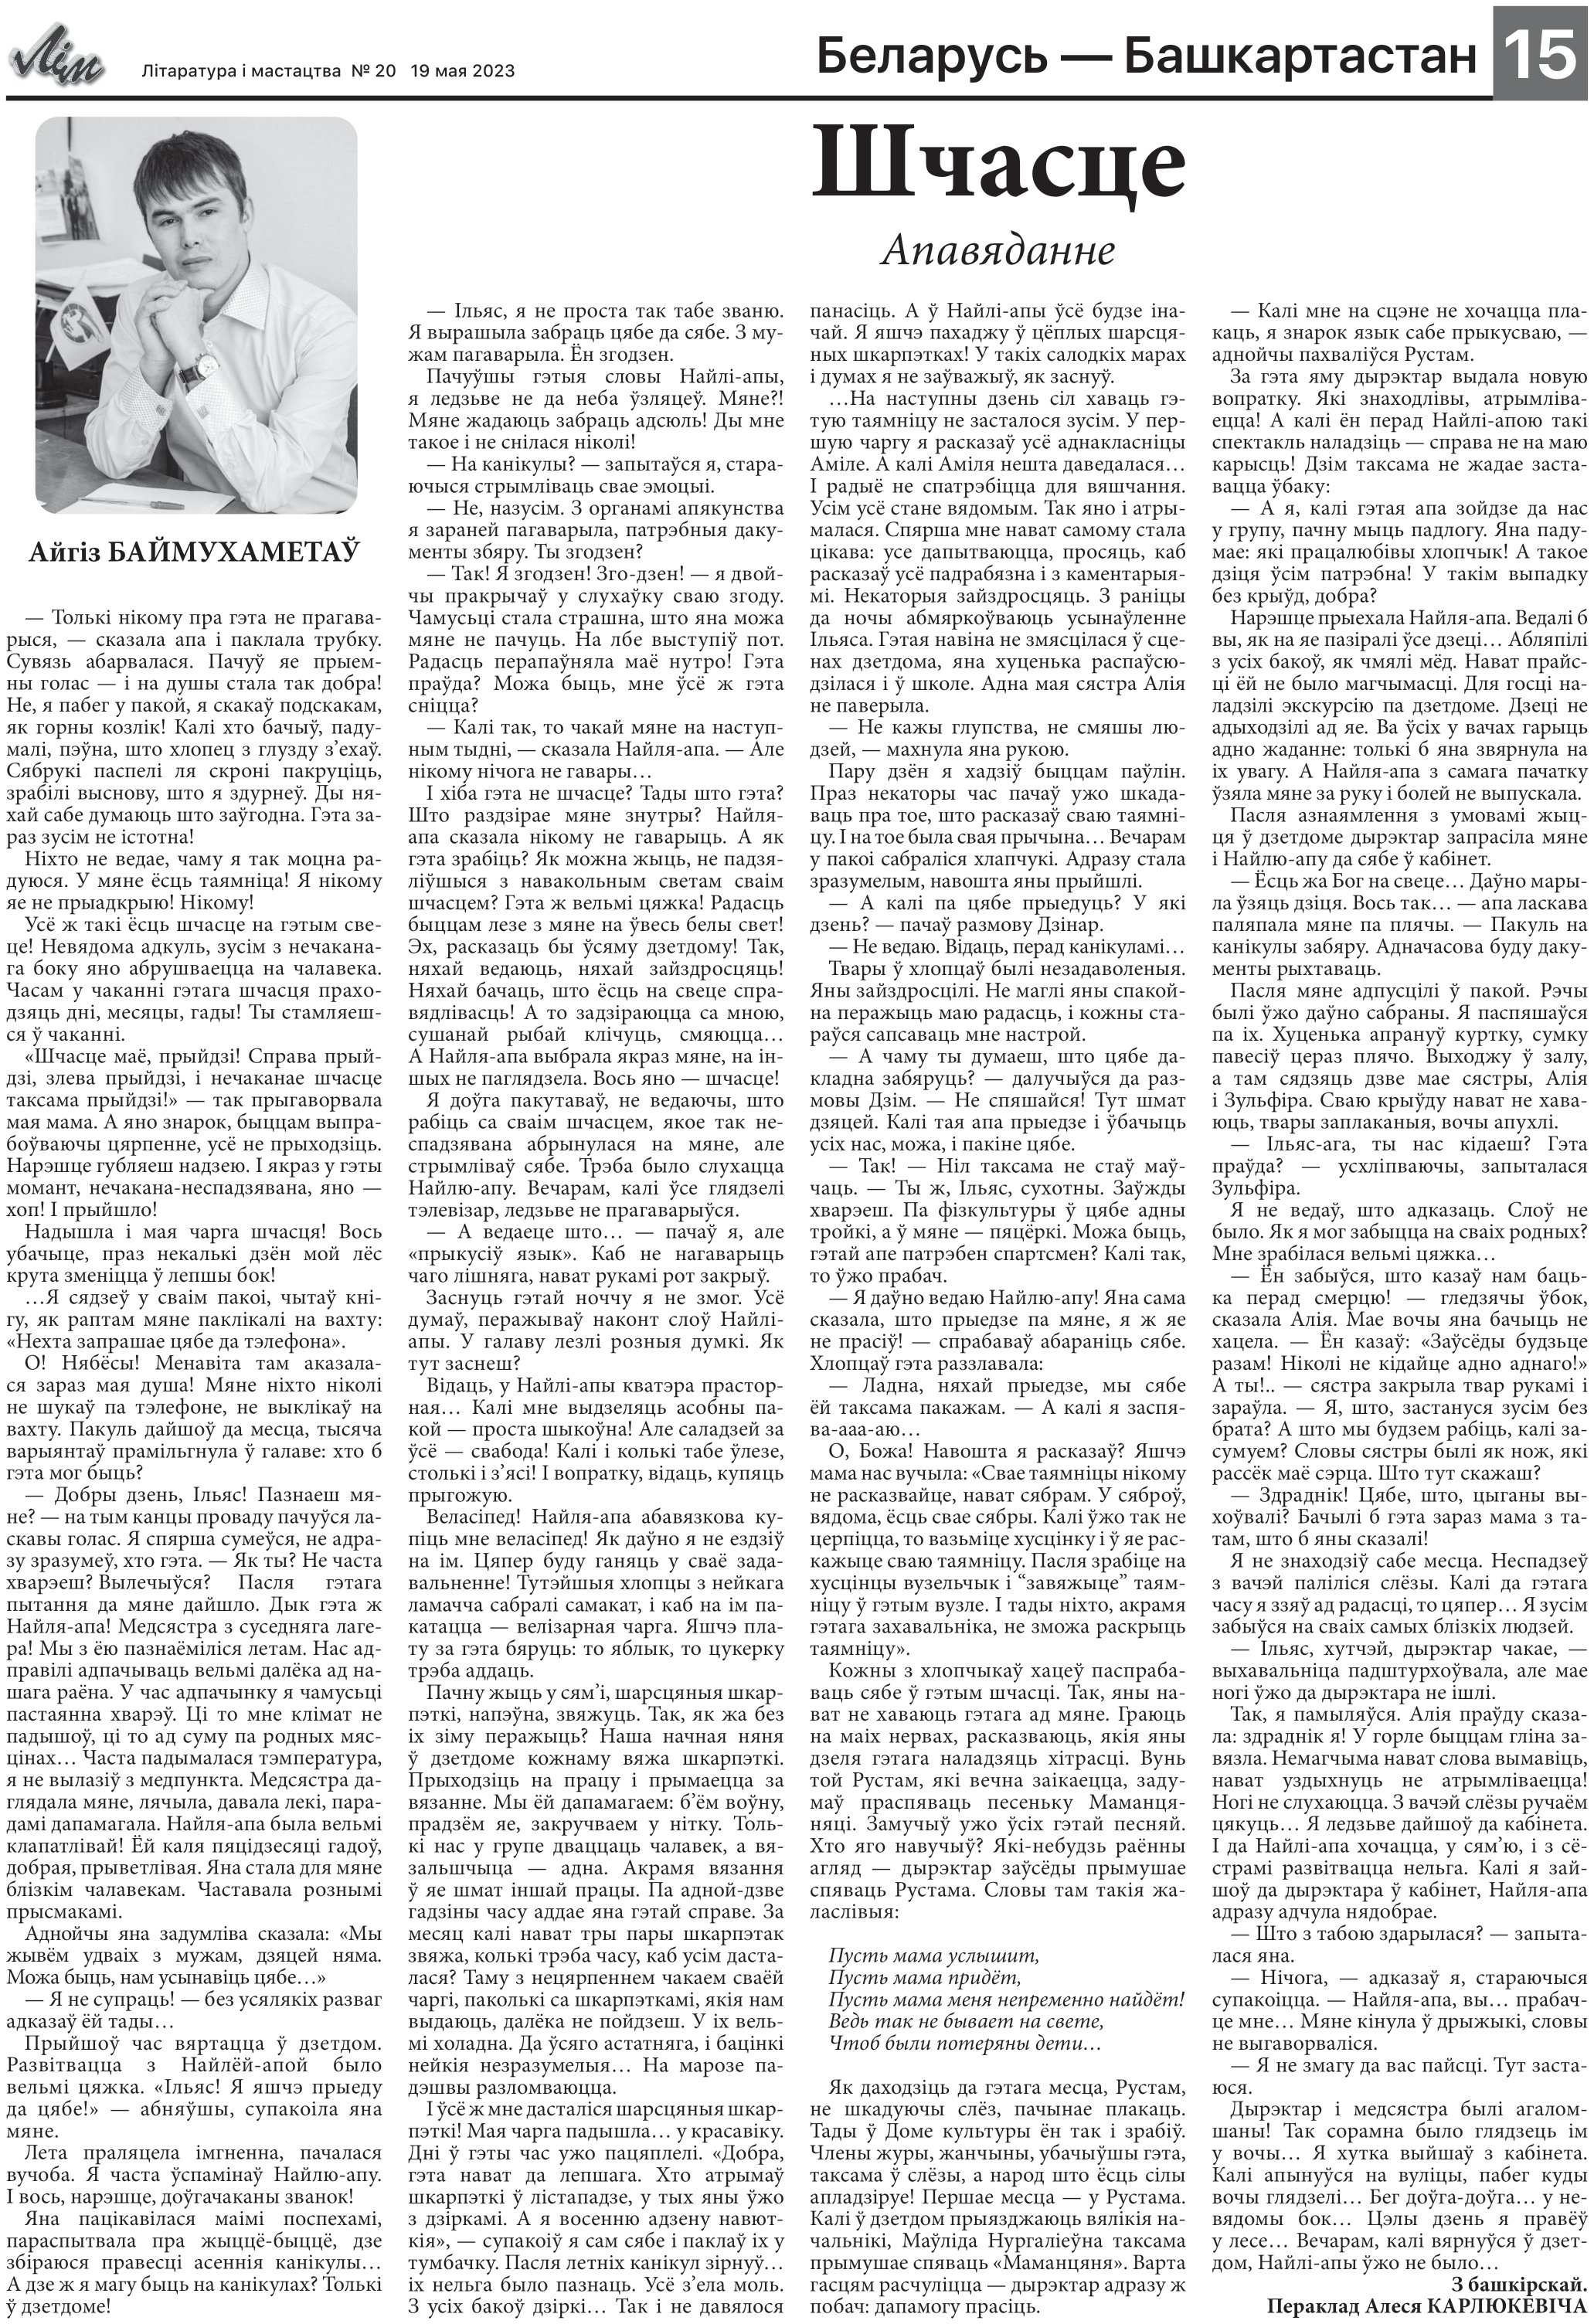
Language: be